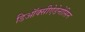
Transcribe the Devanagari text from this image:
डिऑक्सीऐडेनोसिन